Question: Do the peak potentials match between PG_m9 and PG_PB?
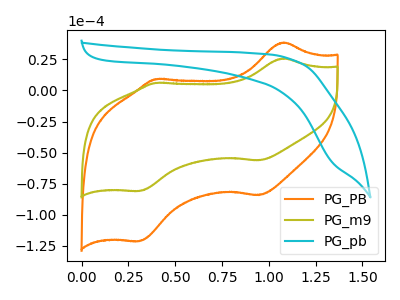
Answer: <think>The orange curve "PG_PB" has anodic peaks at (1.10V, 38.60uA) (0.40V, 9.20uA) and cathodic peaks at (0.95V, -84.30uA) (0.30V, -121.40uA). The olive curve "PG_m9" has anodic peaks at (1.10V, 25.75uA) (0.40V, 6.15uA) and cathodic peaks at (0.95V, -56.25uA) (0.30V, -81.00uA). The cyan curve "PG_pb" has no peaks.</think>
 <answer>Yes, "PG_m9" have a peak in "PG_PB" at the same potential.</answer>
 <eval>match</eval>